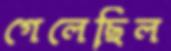
গেলেছিল